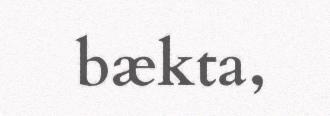
bækta,